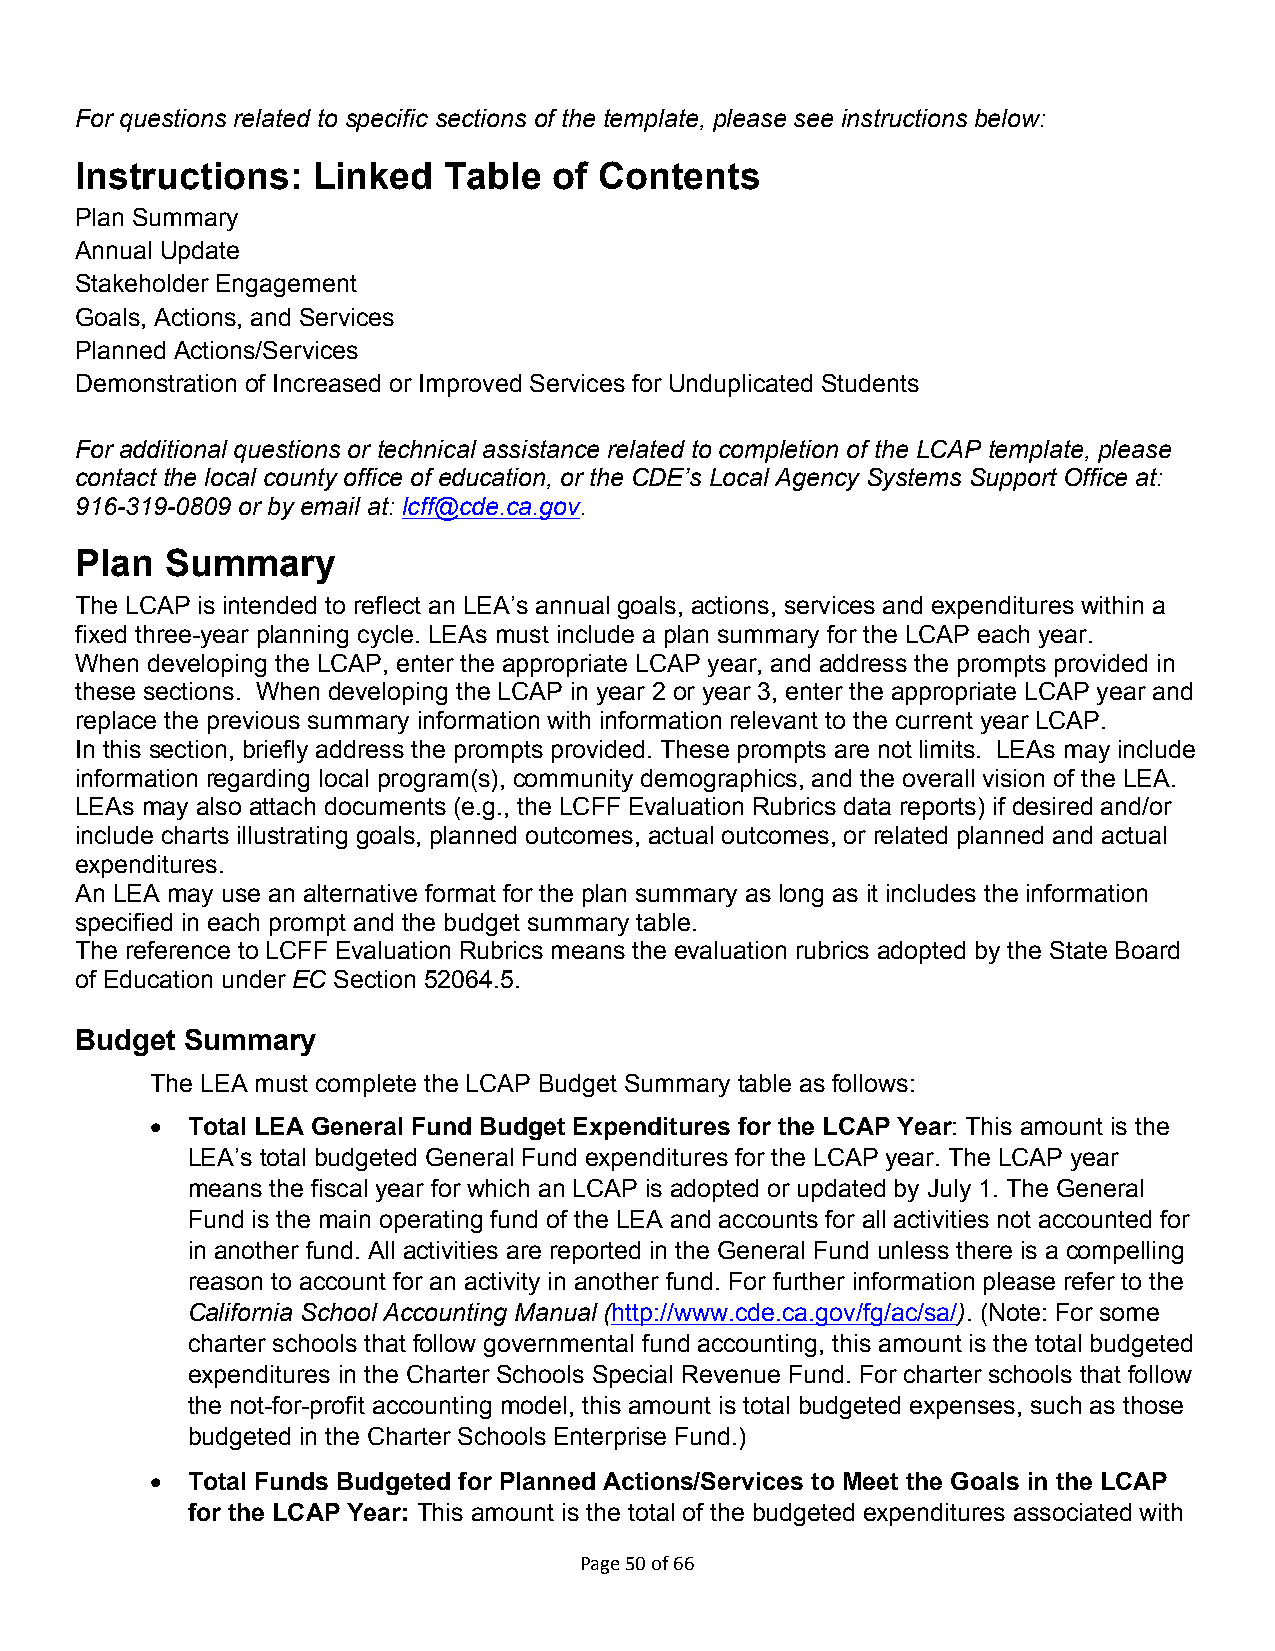
For questions related to specific sections of the template, please see instructions below:
 Instructions:   Linked  Table   of Contents
 Plan Summary
 Annual Update
 Stakeholder Engagement
 Goals, Actions, and Services
 Planned Actions/Services
 Demonstration of Increased or Improved Services for Unduplicated Students
 For additional questions or technical assistance related to completion of the LCAP template, please
 contact the local county office of education, or the CDE’s Local Agency Systems Support Office at:
 916-319-0809 or by email at: lcff@cde.ca.gov.
 Plan  Summary
 The LCAP is intended to reflect an LEA’s annual goals, actions, services and expenditures within a
 fixed three-year planning cycle. LEAs must include a plan summary for the LCAP each year.
 When developing the LCAP, enter the appropriate LCAP year, and address the prompts provided in
 these sections. When developing the LCAP in year 2 or year 3, enter the appropriate LCAP year and
 replace the previous summary information with information relevant to the current year LCAP.
 In this section, briefly address the prompts provided. These prompts are not limits. LEAs may include
 information regarding local program(s), community demographics, and the overall vision of the LEA.
 LEAs may also attach documents (e.g., the LCFF Evaluation Rubrics data reports) if desired and/or
 include charts illustrating goals, planned outcomes, actual outcomes, or related planned and actual
 expenditures.
 An LEA may use an alternative format for the plan summary as long as it includes the information
 specified in each prompt and the budget summary table.
 The reference to LCFF Evaluation Rubrics means the evaluation rubrics adopted by the State Board
 of Education under EC Section 52064.5.
 Budget Summary
 The LEA must complete the LCAP Budget Summary table as follows:
  Total LEA General Fund Budget Expenditures for the LCAP Year: This amount is the
 LEA’s total budgeted General Fund expenditures for the LCAP year. The LCAP year
 means the fiscal year for which an LCAP is adopted or updated by July 1. The General
 Fund is the main operating fund of the LEA and accounts for all activities not accounted for
 in another fund. All activities are reported in the General Fund unless there is a compelling
 reason to account for an activity in another fund. For further information please refer to the
 California School Accounting Manual (http://www.cde.ca.gov/fg/ac/sa/). (Note: For some
 charter schools that follow governmental fund accounting, this amount is the total budgeted
 expenditures in the Charter Schools Special Revenue Fund. For charter schools that follow
 the not-for-profit accounting model, this amount is total budgeted expenses, such as those
 budgeted in the Charter Schools Enterprise Fund.)
  Total Funds Budgeted for Planned Actions/Services to Meet the Goals in the LCAP
 for the LCAP Year: This amount is the total of the budgeted expenditures associated with
 Page 50 of 66